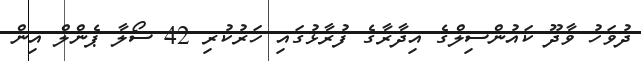
ދުވަހު ވާދޫ ކައުންސިލްގެ އިދާރާގެ ފުރާޅުގައި ހަރުކުރި 42 ސޯލާ ޕެންލް އިން